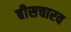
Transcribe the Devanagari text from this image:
बीसचारव